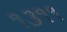
૧૩૧૧